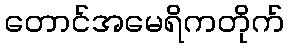
တောင်အမေရိကတိုက်